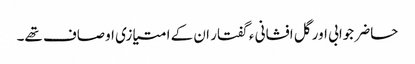
حاضر جوابی اور گل افشانی ء گفتار ان کے امتیازی اوصاف تھے۔